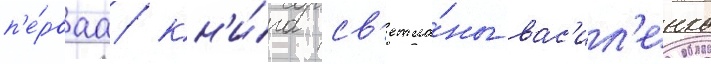
п'е́рваа кн'и́га св'етла́ны вас'ил'енко